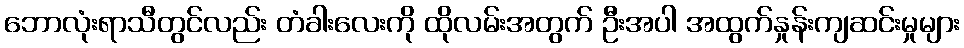
ဘောလုံးရာသီတွင်လည်း တံခါးလေးကို ထိုလမ်းအတွက် ဦးအပါ အထွက်နှုန်းကျဆင်းမှုများ